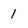
Character: 1